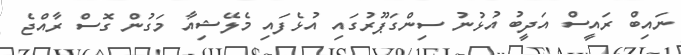
ނައިބް ރައީސް އަދީބު އުޅުނު ސިންގަޕޫރުގައި އުޅެފައި މެލޭޝިއާ މަގުން ގޮސް ރާއްޖެ